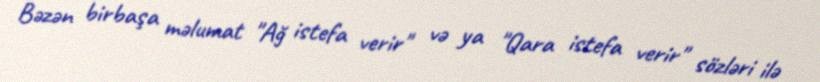
Bəzən birbaşa məlumat "Ağ istefa verir" və ya "Qara istefa verir" sözləri ilə